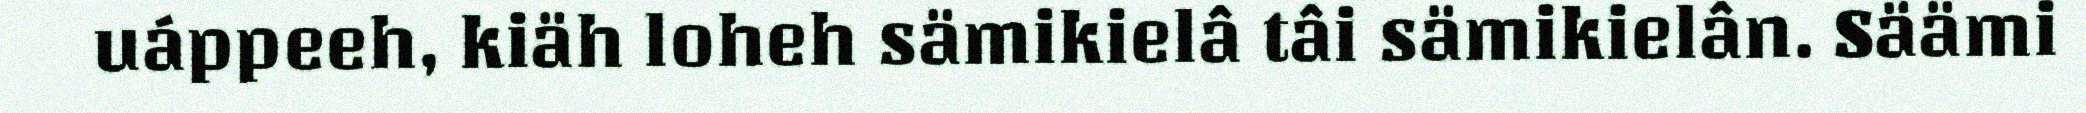
uáppeeh, kiäh loheh sämikielâ tâi sämikielân. Säämi